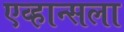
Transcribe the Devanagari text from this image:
एव्हान्सला